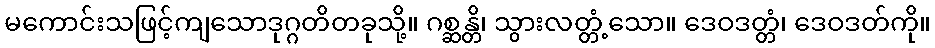
မကောင်းသဖြင့်ကျသောဒုဂ္ဂတိတခုသို့။ ဂစ္ဆန္တိ၊ သွားလတ္တံ့သော။ ဒေဝဒတ္တံ၊ ဒေဝဒတ်ကို။